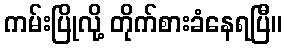
ကမ်းပြိုလို့ တိုက်စားခံနေရပြီ။